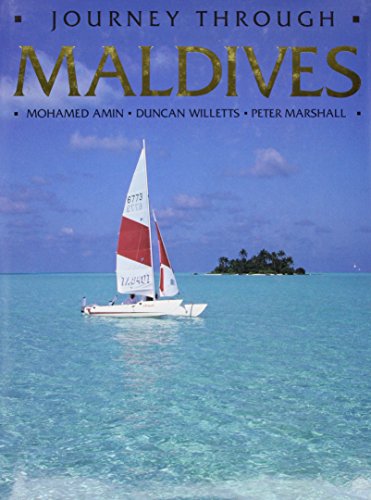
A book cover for Journey Through Maldives; Mohamed Amin; Travel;